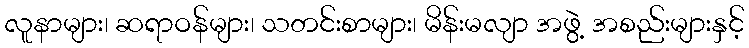
လူနာများ၊ ဆရာဝန်များ၊ သတင်းစာများ၊ မိန်းမလျာ အဖွဲ့ အစည်းများနှင့်